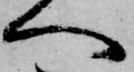
へ